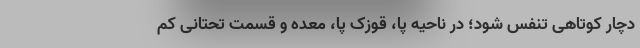
دچار کوتاهی تنفس شود؛ در ناحیه پا، قوزک پا، معده و قسمت تحتانی کم